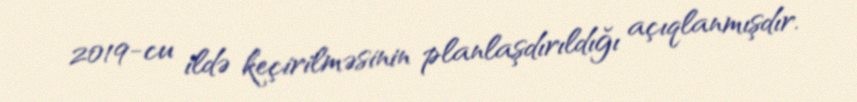
2019-cu ildə keçirilməsinin planlaşdırıldığı açıqlanmışdır.